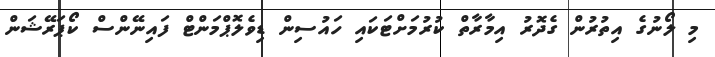
މި ލޯނުގެ އިތުރުން ގެދޮރު އިމާރާތް ކުރުމަށްޓަކައި ހައުސިން ޑިވެލޮޕްމަންޓް ފައިނޭންސް ކޯޕަރޭޝަން